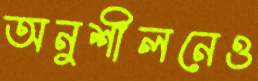
অনুশীলনেও